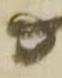
る